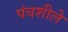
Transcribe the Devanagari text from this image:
पंचशीले